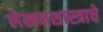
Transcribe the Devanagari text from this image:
लेखनशास्त्राचे